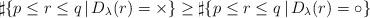
LaTeX: \begin{align*}\sharp\{ p\leq r\leq q \,|\, D_{\lambda}(r) = \times \}\geq \sharp\{ p\leq r\leq q \,|\, D_{\lambda}(r) = \circ \} \end{align*}